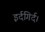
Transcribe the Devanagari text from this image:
इर्दगिर्द।